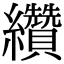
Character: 纘